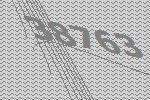
38763